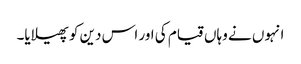
انہوں نے وہاں قیام کی اور اس دین کو پھیلایا۔